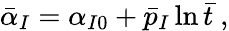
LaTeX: \bar{\alpha}_{I}=\alpha_{I0}+\bar{p}_{I}\ln\bar{t}\ ,